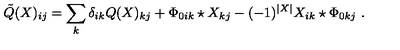
\tilde { Q } ( X ) _ { i j } = \sum _ { k } \delta _ { i k } Q ( X ) _ { k j } + \Phi _ { 0 i k } \star X _ { k j } - ( - 1 ) ^ { | X | } X _ { i k } \star \Phi _ { 0 k j } \ .